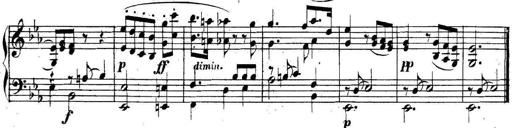
Title: Collected Piano Sonatas
Composer: Muzio Clementi